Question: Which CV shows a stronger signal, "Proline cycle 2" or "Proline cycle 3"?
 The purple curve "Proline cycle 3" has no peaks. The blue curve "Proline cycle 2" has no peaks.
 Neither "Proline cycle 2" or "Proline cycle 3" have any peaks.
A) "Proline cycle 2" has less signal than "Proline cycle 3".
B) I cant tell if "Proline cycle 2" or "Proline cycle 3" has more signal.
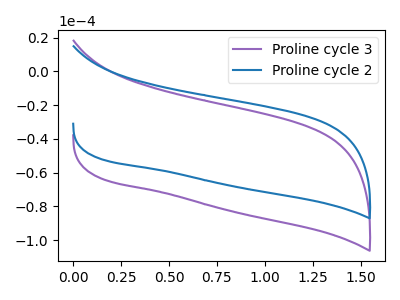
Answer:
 <answer>B) I cant tell if "Proline cycle 2" or "Proline cycle 3" has more signal.</answer>
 <eval>B</eval>